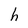
Character: h